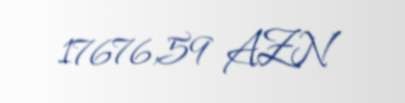
17676,59 AZN